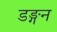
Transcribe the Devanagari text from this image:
डङ्गन